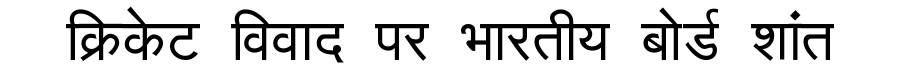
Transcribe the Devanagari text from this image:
क्रिकेट विवाद पर भारतीय बोर्ड शांत